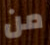
من